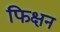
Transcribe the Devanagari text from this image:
फिक्षन